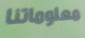
معلوماتنا